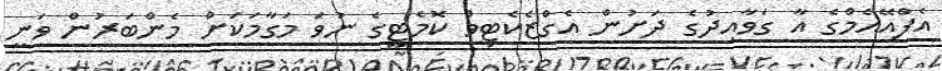
އެފްއޭއެމްގެ އާ ގަވާއިދުގެ ދަށުން އެގްޒެކެޓިވް ކޮމެޓީގެ ނުވަ މަގާމަކަށް މެންބަރުން ވަނީ